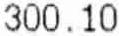
300.10